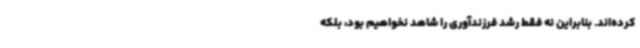
کرده‌اند. بنابراین نه فقط رشد فرزندآوری را شاهد نخواهیم بود، بلکه